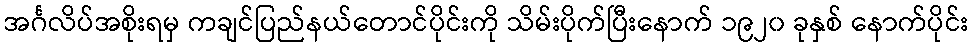
အင်္ဂလိပ်အစိုးရမှ ကချင်ပြည်နယ်တောင်ပိုင်းကို သိမ်းပိုက်ပြီးနောက် ၁၉၂၀ ခုနှစ် နောက်ပိုင်း